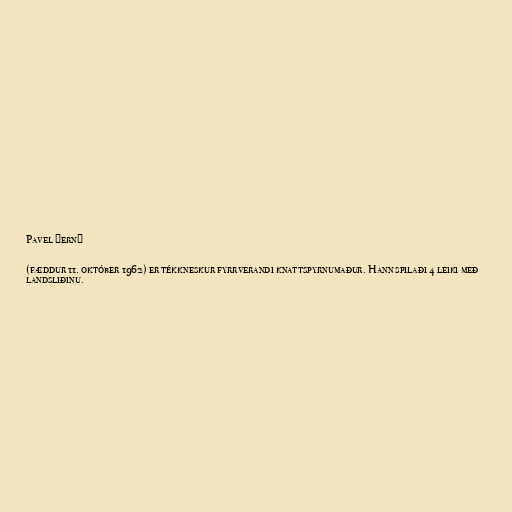
Pavel Černý

(fæddur 11. október 1962) er tékkneskur fyrrverandi knattspyrnumaður. Hann spilaði 4 leiki með
landsliðinu.